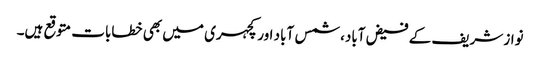
نواز شریف کے فیض آباد، شمس آباد اور کچہری میں بھی خطابات متوقع ہیں۔